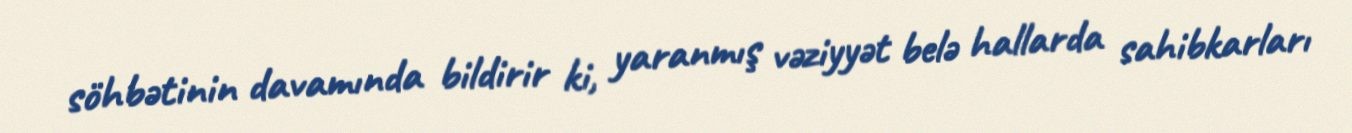
söhbətinin davamında bildirir ki, yaranmış vəziyyət belə hallarda sahibkarları